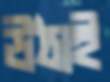
উঠাই